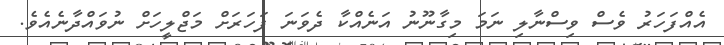
އެއްފަހަރު ވެސް ވިސްނާލި ނަމަ މިގާނޫނު އަނެއްކާ ދެވަނަ ފަހަރަށް މަޖްލީހަށް ނުވައްދާނެއެވެ.